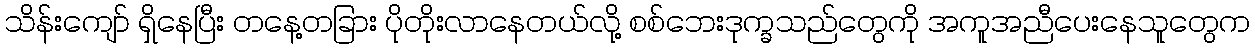
သိန်းကျော် ရှိနေပြီး တနေ့တခြား ပိုတိုးလာနေတယ်လို့ စစ်ဘေးဒုက္ခသည်တွေကို အကူအညီပေးနေသူတွေက